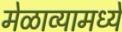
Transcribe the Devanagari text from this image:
मेळाव्यामध्ये